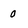
Character: 0